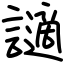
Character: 讁